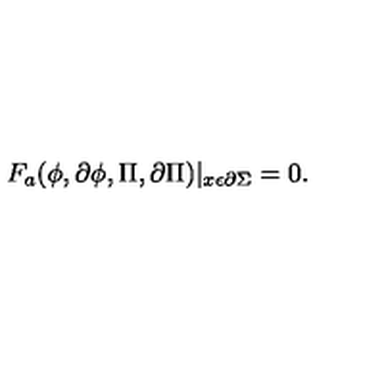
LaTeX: F _ { a } ( \phi , \partial \phi , \Pi , \partial \Pi ) | _ { x \epsilon \partial \Sigma } = 0 .